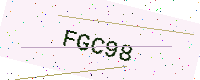
Text: FGC98